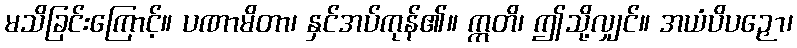
မသိခြင်းကြောင့်။ ပဏာမိတာ၊ နှင်အပ်ကုန်၏။ ဣတိ၊ ဤသို့လျှင်။ အယံပိပဉှော၊